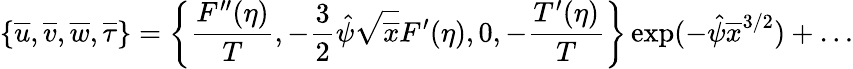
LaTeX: \left\lbrace\overline{{u}},\overline{{v}},\overline{{w}},\overline{{\tau}}\right\rbrace=\left\lbrace\frac{F^{\prime\prime}(\eta)}{T},-\frac{3}{2}\hat{\psi}\sqrt{\overline{{x}}}F^{\prime}(\eta),0,-\frac{T^{\prime}(\eta)}{T}\right\rbrace\exp(-\hat{\psi}\overline{{x}}^{3/2})+\ldots